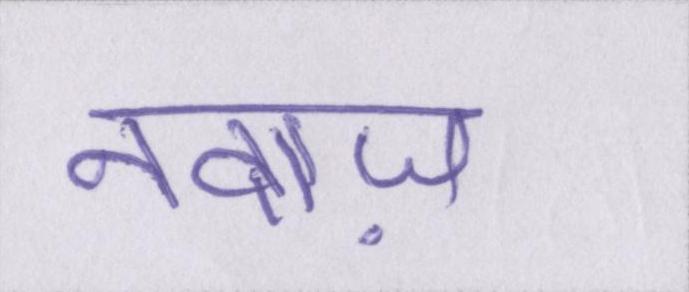
नवाज़